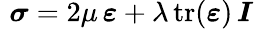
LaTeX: \, \, {\boldsymbol{\sigma}}=2\mu\, {\boldsymbol{\varepsilon}}+\lambda\, {\mathrm{tr}}({\boldsymbol{\varepsilon}})\, {\boldsymbol{I}}\,